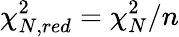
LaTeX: \chi_{N,red}^{2}=\chi_{N}^{2}/n